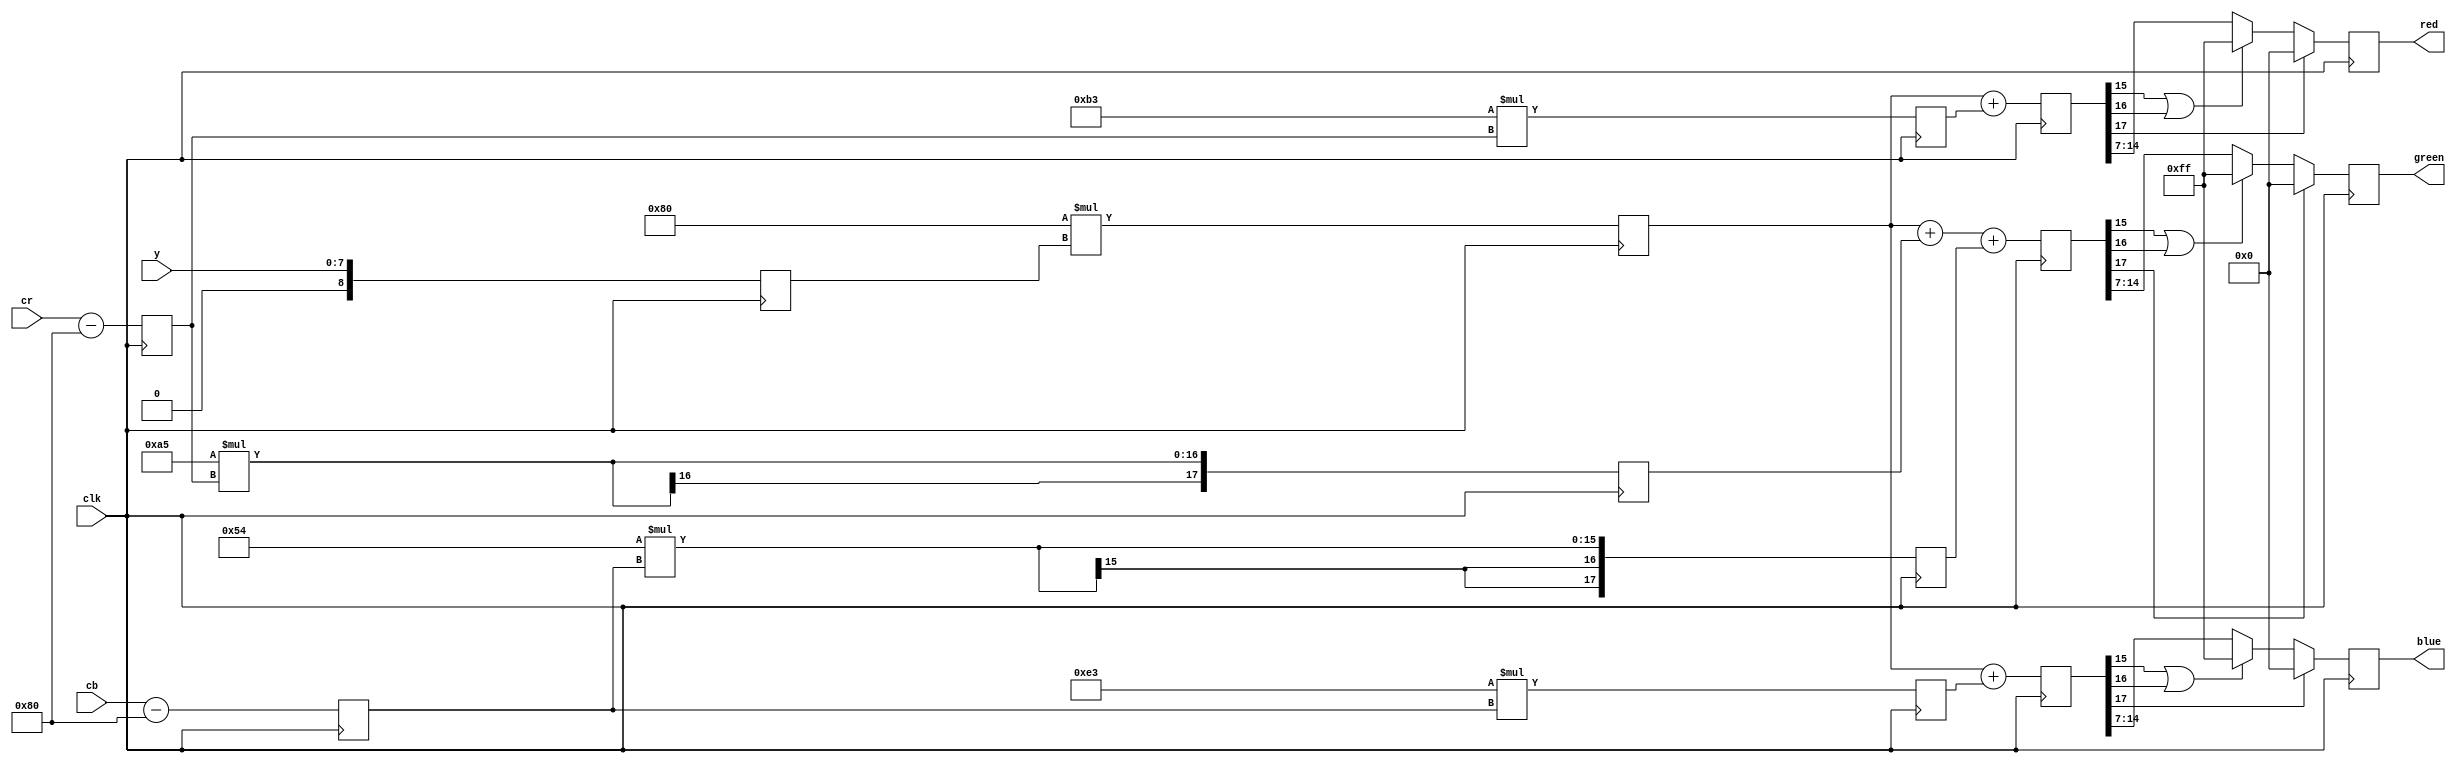
module ycbcr_to_rgb (
	y,cb,cr,
	red,green,blue,
	clk
);

input clk;

input [7:0] y,cb,cr;
output reg [7:0] red,green,blue;

// offset the inputs
reg signed [8:0] adj_y,adj_cb,adj_cr;
always @(posedge clk) begin
	adj_y <= y;
	adj_cr <= cr - 8'd128;
	adj_cb <= cb - 8'd128;
end

// scaling constants from standard formulas
// nominal Y is 16 to 235
// nominal C's are 16-240 with 128 at zero
//
wire signed [8:0] const0 = 9'd128; // 1 * 128
wire signed [8:0] const1 = 9'd179; // 1.402 * 128
wire signed [8:0] const2 = - 9'd91; // 0.714136 * 128 
wire signed [8:0] const3 = - 9'd44;	// 0.344136 * 128
wire signed [8:0] const4 = 9'd227; //1.772 * 128

//wire signed [8:0] const4 = (10)'d258;	// 2.017 * 128 
// const 4 should be 258, which doesn't fit the 9x9 size.
// do some shifted additions to fake it.

// multipliers - 9x9 is a natural building block
reg signed [17:0] product_a, product_b, product_c, 
	product_d, product_e;
always @(posedge clk) begin
	product_a <= const0 * adj_y;
	product_b <= const1 * adj_cr;
	product_c <= const2 * adj_cr;
	product_d <= const3 * adj_cb;
	product_e <= const4 * adj_cb;
end

// summation - 17 selected by simulation
reg signed [17:0] sum_red, sum_green, sum_blue;
always @(posedge clk) begin
	sum_red <= product_a + product_b;
	sum_green <= product_a + product_c + product_d;
	sum_blue <= product_a + product_e;
end

// saturation
always @(posedge clk) begin
	red <= sum_red[17] ? 8'h0 : 
			(sum_red[15] | sum_red[16]) ? 8'hff :
			sum_red [14:7];
	green <= sum_green[17] ? 8'h0 : 
			(sum_green[15] | sum_green[16]) ? 8'hff :
			sum_green [14:7];
	blue <= sum_blue[17] ? 8'h0 : 
			(sum_blue[15] | sum_blue[16]) ? 8'hff :
			sum_blue [14:7];
end

endmodule